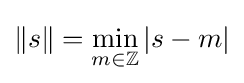
\|s\|=\min _{m\in \mathbb {Z} }|s-m|